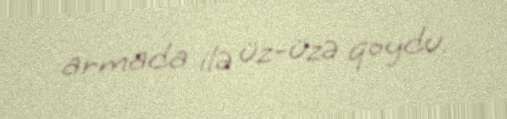
armada ilə üz-üzə qoydu.